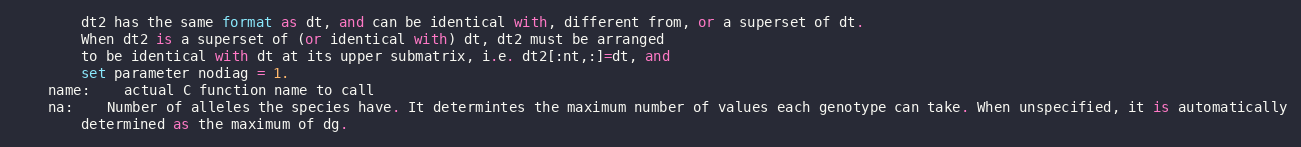
Language: Python
		dt2 has the same format as dt, and can be identical with, different from, or a superset of dt.
		When dt2 is a superset of (or identical with) dt, dt2 must be arranged
		to be identical with dt at its upper submatrix, i.e. dt2[:nt,:]=dt, and
		set parameter nodiag = 1.
	name:	actual C function name to call
	na:	Number of alleles the species have. It determintes the maximum number of values each genotype can take. When unspecified, it is automatically
		determined as the maximum of dg.